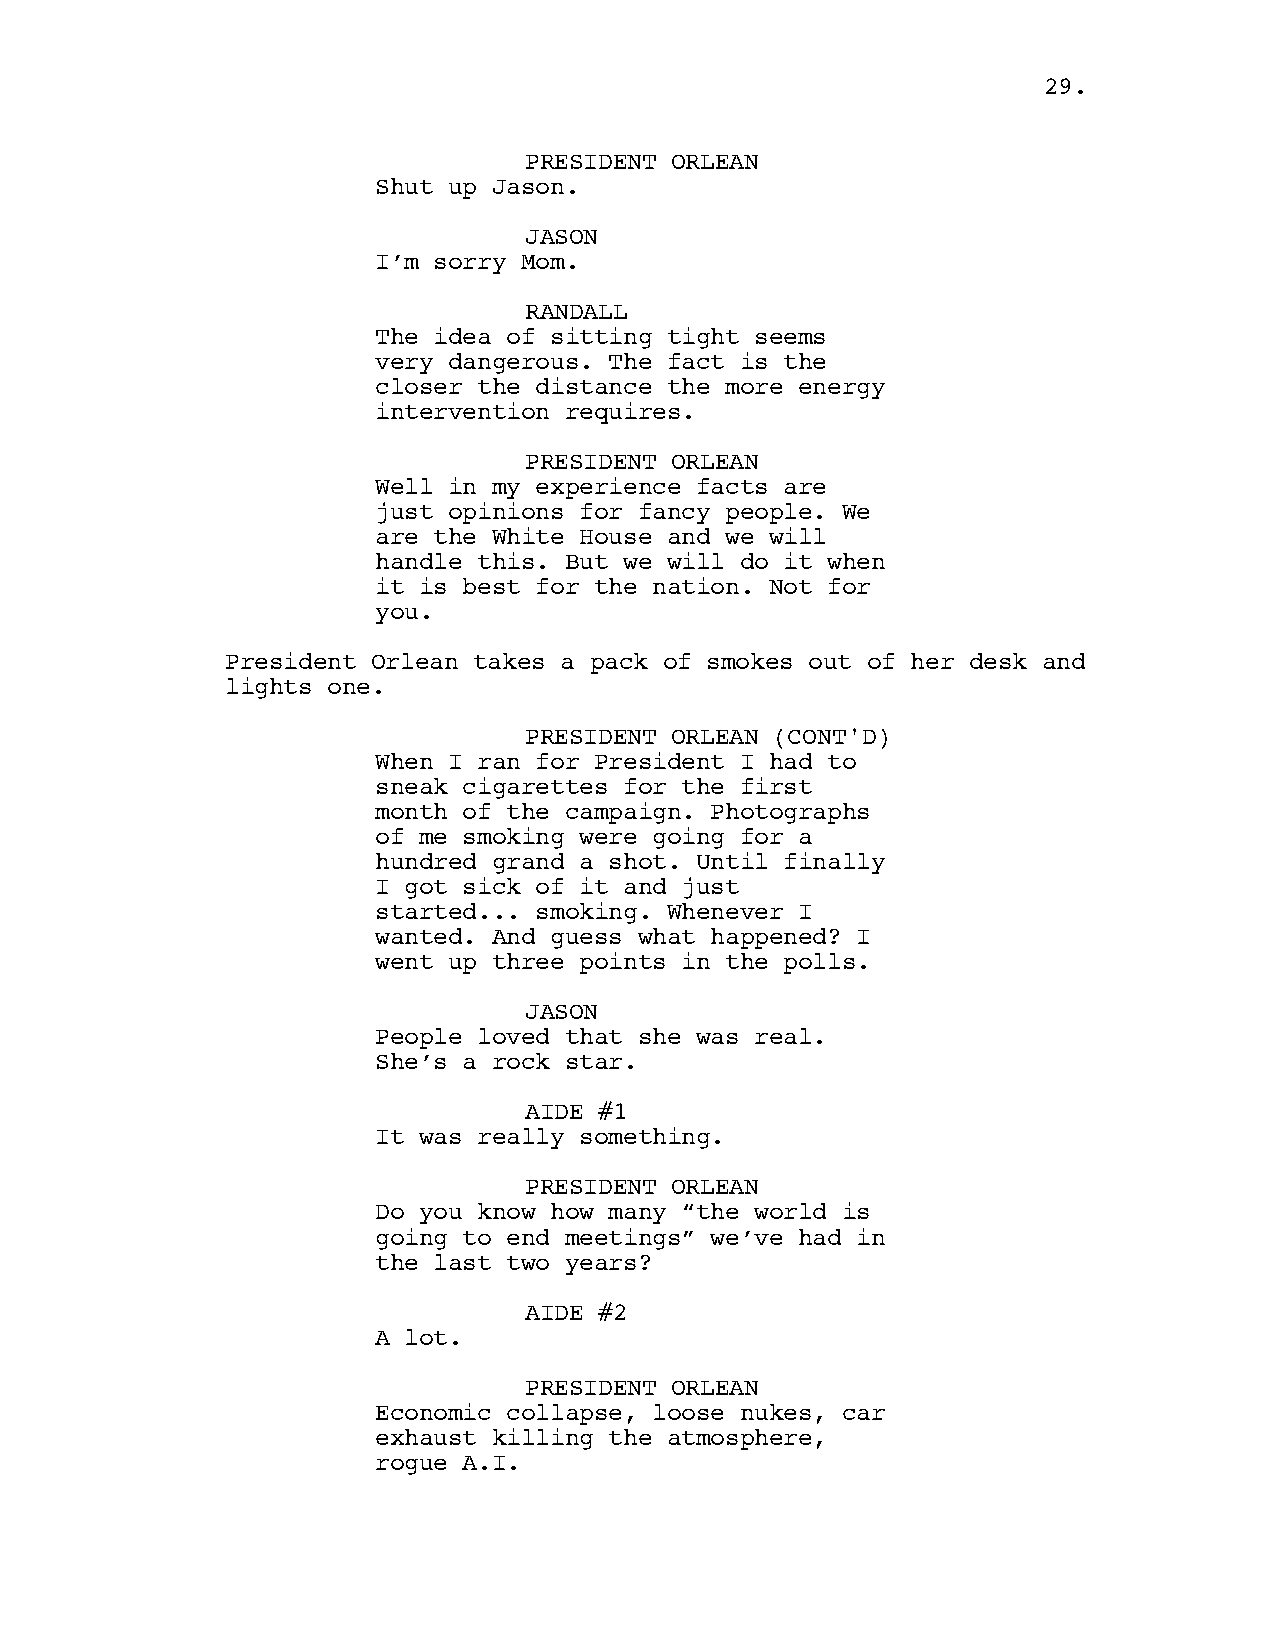
2299..
 PRESIDENT ORLEAN
 Shut up Jason.
 JASON
 I’m sorry Mom.
 RANDALL
 The idea of sitting tight seems
 very dangerous. The fact is the
 closer the distance the more energy
 intervention requires.
 PRESIDENT ORLEAN
 Well in my experience facts are
 just opinions for fancy people. We
 are the White House and we will
 handle this. But we will do it when
 it is best for the nation. Not for
 you.
 President Orlean takes a pack of smokes out of her desk and
 lights one.
 PRESIDENT ORLEAN (CONT'D)
 When I ran for President I had to
 sneak cigarettes for the first
 month of the campaign. Photographs
 of me smoking were going for a
 hundred grand a shot. Until finally
 I got sick of it and just
 started... smoking. Whenever I
 wanted. And guess what happened? I
 went up three points in the polls.
 JASON
 People loved that she was real.
 She’s a rock star.
 AIDE #1
 It was really something.
 PRESIDENT ORLEAN
 Do you know how many “the world is
 going to end meetings” we’ve had in
 the last two years?
 AIDE #2
 A lot.
 PRESIDENT ORLEAN
 Economic collapse, loose nukes, car
 exhaust killing the atmosphere,
 rogue A.I.